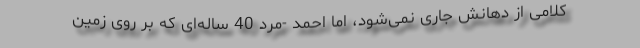
کلامی از دهانش جاری نمی‌شود، اما احمد -مرد 40 ساله‌ای که بر روی زمین